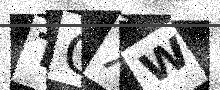
Text: TGXW